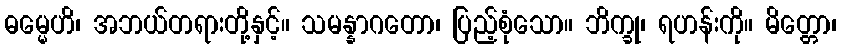
ဓမ္မေဟိ၊ အဘယ်တရားတို့နှင့်။ သမန္နာဂတော၊ ပြည့်စုံသော။ ဘိက္ခု၊ ရဟန်းကို။ မိတ္တော၊